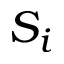
S _ { i }